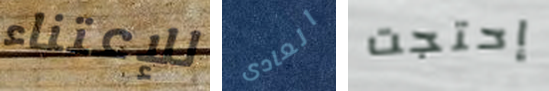
للإعتناء العادى إحتجت